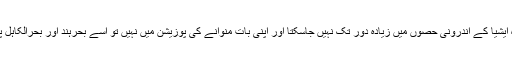
اگر بھارت یہ محسوس کرے کہ وہ ایشیا کے اندرونی حصوں میں زیادہ دور تک نہیں جاسکتا اور اپنی بات منوانے کی پوزیشن میں نہیں تو اُسے بحرہند اور بحرالکاہل پر زیادہ توجہ مرکوز کرنی چاہیے۔